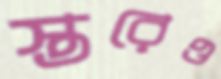
স্তরেও